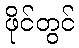
ဖိုင်တွင်